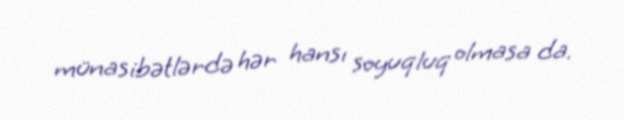
münasibətlərdə hər hansı soyuqluq olmasa da.